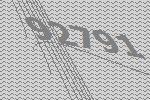
92791